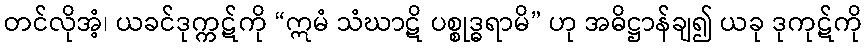
တင်လိုအံ့၊ ယခင်ဒုက္ကဋ်ကို “ဣမံ သံဃာဋိ ပစ္စုဒ္ဓရာမိ” ဟု အဓိဋ္ဌာန်ချ၍ ယခု ဒုကုဋ်ကို